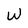
Character: W